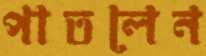
পাতলেন